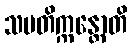
သမတိက္ကန္တောတိ